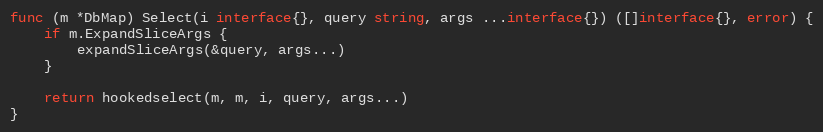
Language: Go
func (m *DbMap) Select(i interface{}, query string, args ...interface{}) ([]interface{}, error) {
	if m.ExpandSliceArgs {
		expandSliceArgs(&query, args...)
	}

	return hookedselect(m, m, i, query, args...)
}